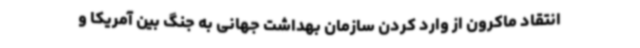
انتقاد ماکرون از وارد کردن سازمان بهداشت جهانی به جنگ بین آمریکا و